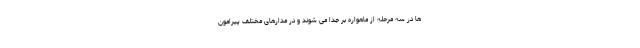
ها در سه مرحله از ماهواره بر جدا می شوند و در مدارهای مختلف پیرامون